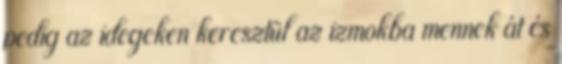
pedig az idegeken keresztül az izmokba mennek át és